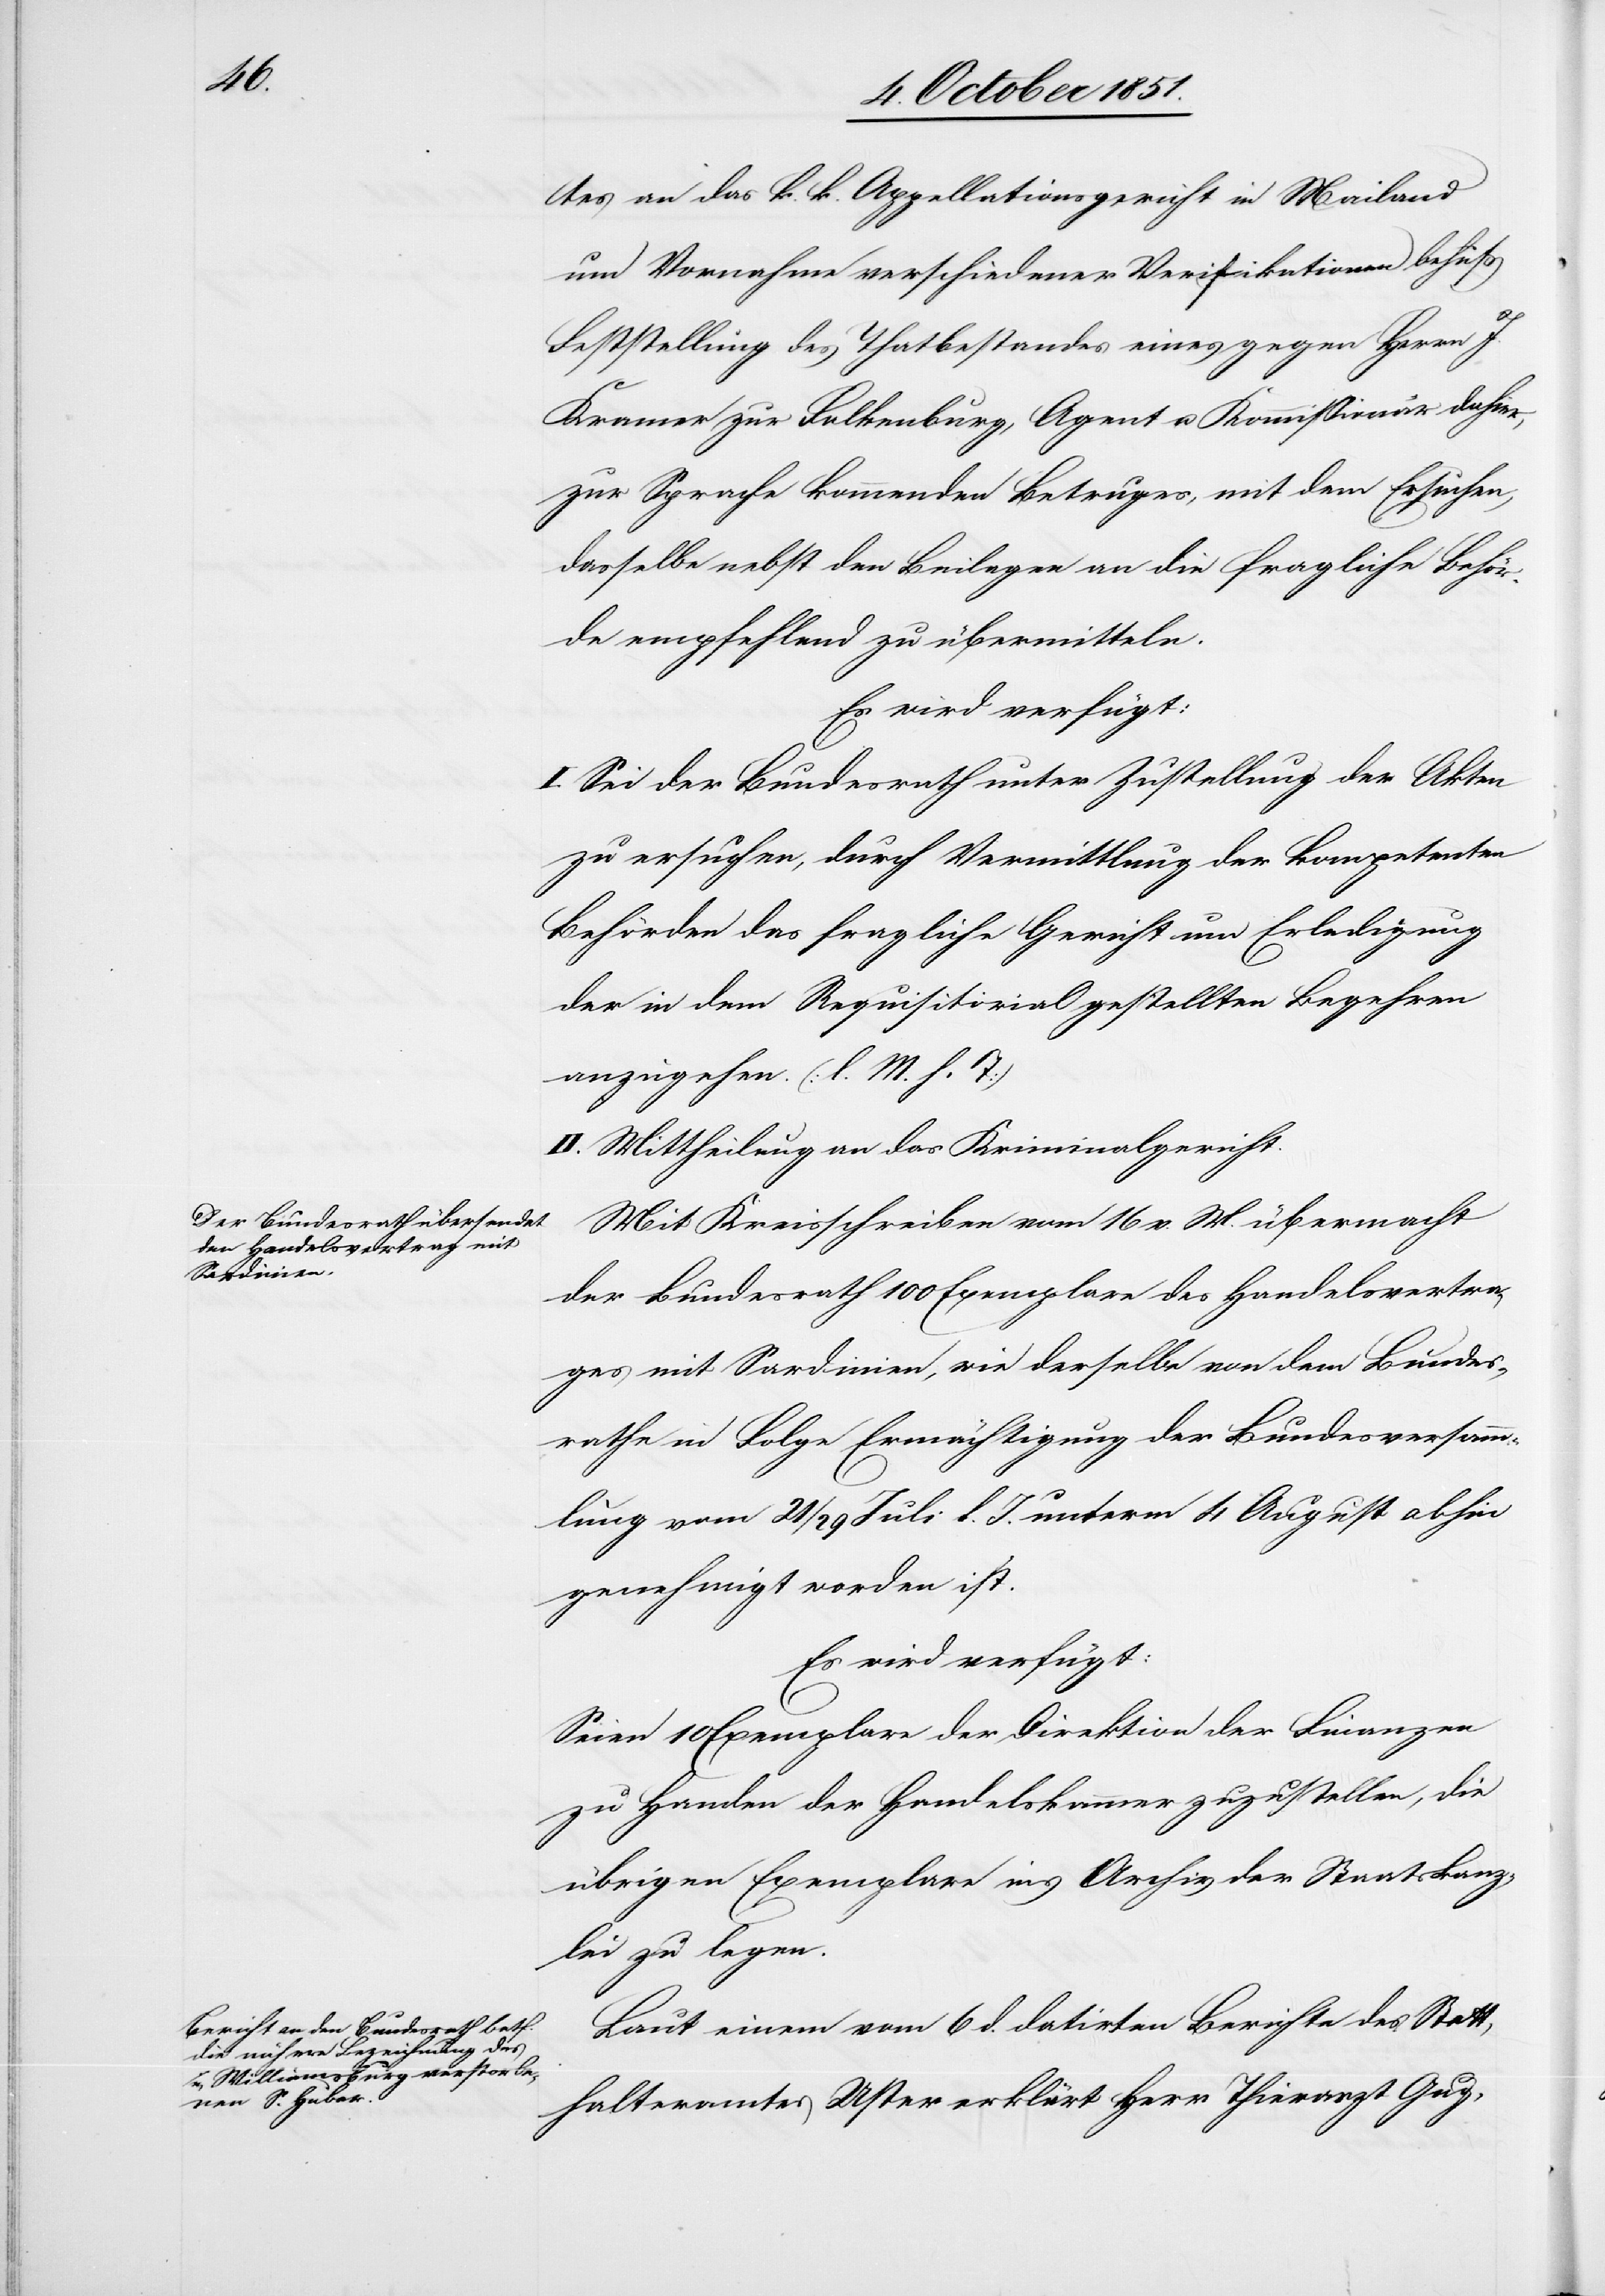
6. October 1851.]
tes an das k. k. Appellationsgericht in Mailand
um Vornahme verschiedener Verifikationen behufs
Feststellung des Thatbestandes eines gegen Herrn J.
Kramer zur Falkenburg, Agent u. Kommißionär dahier,
zur Sprache kommenden Betruges, mit dem Ersuchen,
dasselbe nebst den Beilagen an die fragliche Behör¬
de empfehlend zu übermitteln.
Es wird verfügt:
I. Sei der Bundesrath unter Zustellung der Akten
zu ersuchen, durch Vermittlung der kompetenten
Behörden das fragliche Gericht um Erledigung
der in dem Requisitorial gestellten Begehren
anzugehen. (l. M. h. T)
II. Mittheilung an das Kriminalgericht.
Mit Kreisschreiben vom 16 v. M. übermacht
der Bundesrath 100 Exemplare des Handelsvertra¬
ges mit Sardinien, wie derselbe von dem Bundes¬
rathe in Folge Ermächtigung der Bundesversamm¬
lung vom 21 / 29 Juli l. J. unterm 4 August abhin
genehmigt worden ist.
Es wird verfügt:
Seien 10 Exemplare der Direktion der Finanzen
zu Handen der Handelskammer zuzustellen, die
übrigen Exemplare ins Archiv der Staatskanz¬
lei zu legen.
Laut einem vom 6 d. datirten Berichte des Statt¬
halteramtes Uster erklärt Herr Thierarzt Gug-